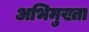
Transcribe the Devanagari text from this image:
अभिमुख्ता